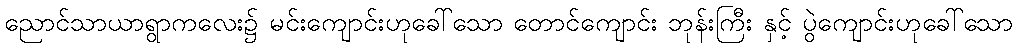
ညောင်သာယာရွာကလေး၌ မင်းကျောင်းဟုခေါ်သော တောင်ကျောင်း ဘုန်းကြီး နှင့် ပွဲကျောင်းဟုခေါ်သော